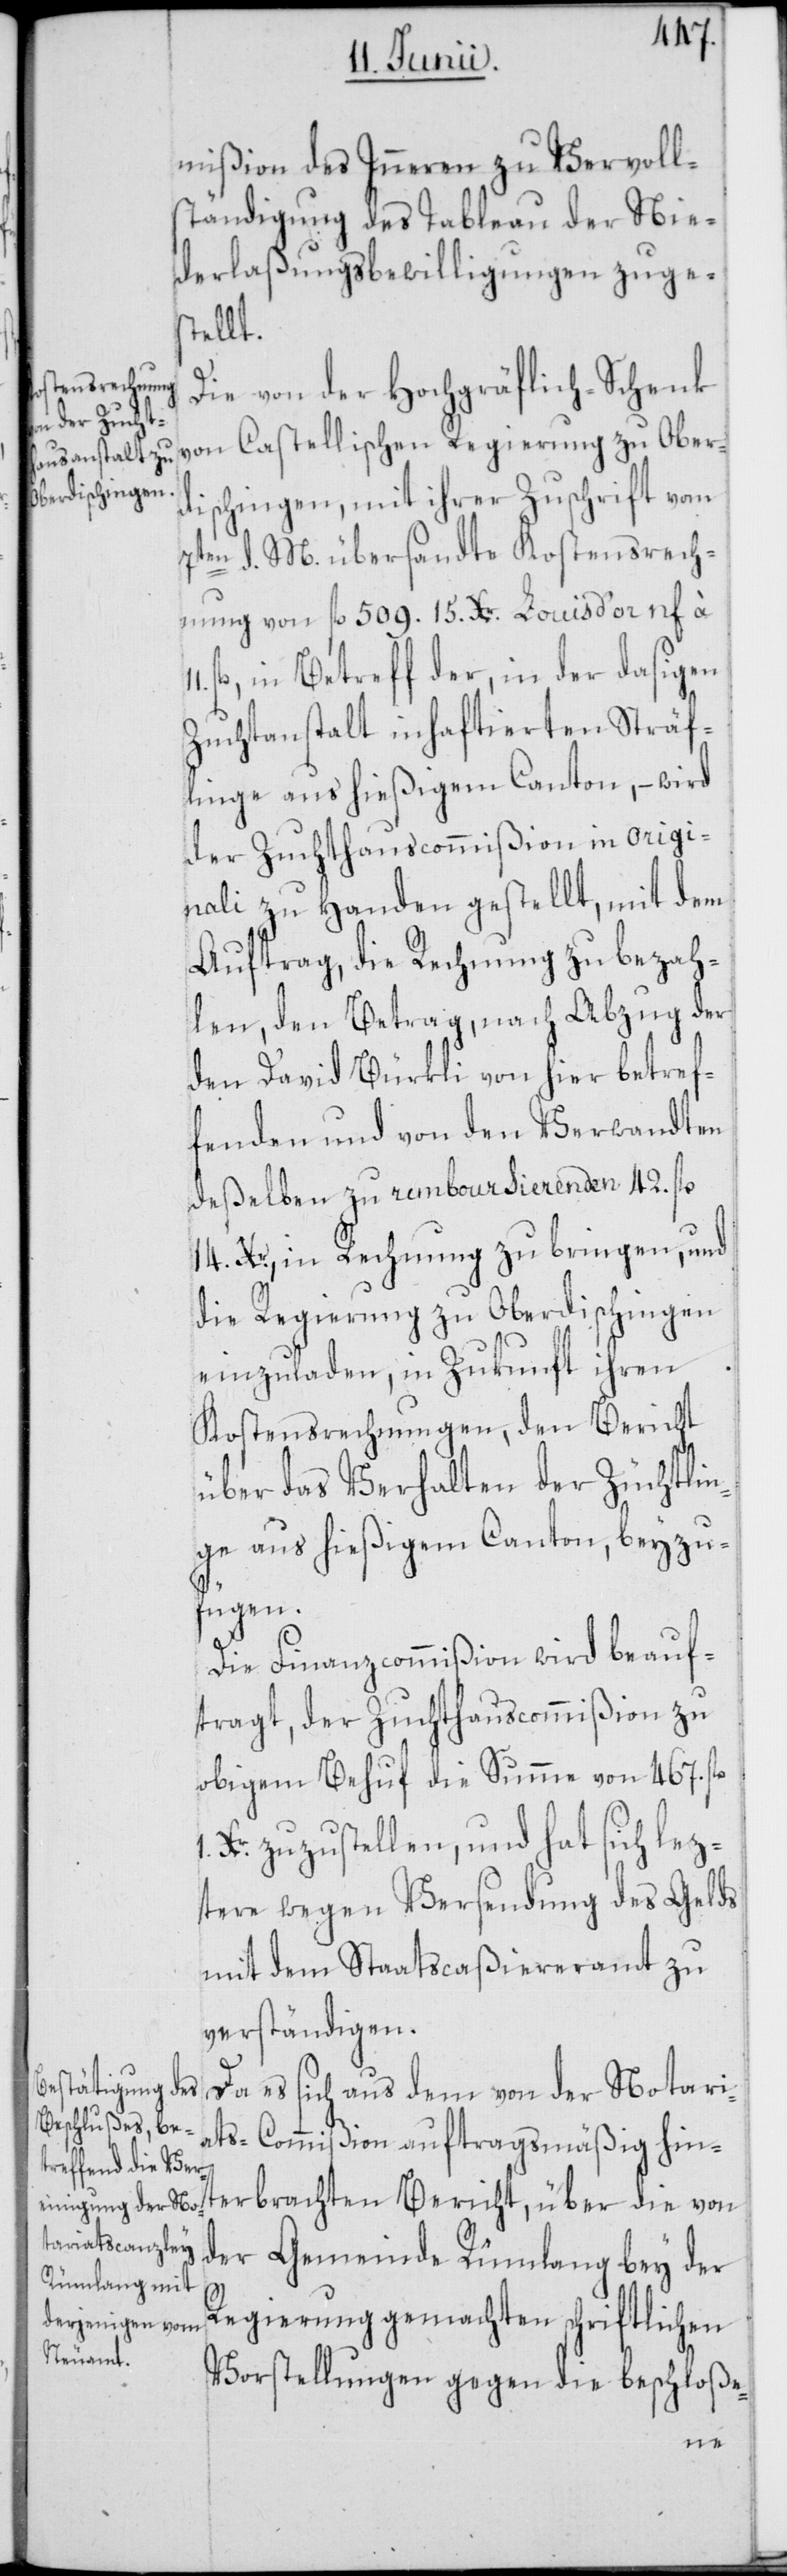
mißion des Inneren zu Vervoll¬
ständigung des Tableau der Nie¬
derlaßungsbewilligungen zuge¬
Bericht,
Die von der Hochgräflich-Schenk
von Castellischen Regierung zu Ober¬
dischingen, mit ihrer Zuschrift vom
7ten d. M. übersandte Kostensrech¬
nung von fl. 509 15. Xr. Louis d’or nf.
fl., in Betreff der, in der dasigen
Zuchtanstalt inhaftierten Sträf¬
linge aus hießigem Canton, – wird
der Zuchthauscommißion in origi¬
nali zu Handen gestellt, mit dem
Auftrag, die Rechnung zu bezah¬
len, den Betrag, nach Abzug der
den David Bürkli von hier betref¬
fenden und von den Verwandten
deßelben zu remboursierenden 42. fl.
14. Xr., in Rechnung zu bringen, und
die Regierung zu Oberdischingen
einzuladen, in Zukunft ihren
Kostensrechnungen, den Bericht
über das Verhalten der Züchtlin¬
ge aus hießigem Canton, beyzu¬
fügen.
Die Finanzcommißion wird beauf¬
tragt, der Zuchthauscommißion zu
obigem Behuf die Summe von 467. fl.
1 Xr. zuzustellen, und hat sich lez¬
tere wegen Versendung des Gelds
mit dem Staatscaßiereramt zu
verständigen.
Da es sich aus dem von der Notari¬
ats-Commißion auftragsmäßig hin¬
der Gemeinde Rümlang bey der
Regierung gemachten schriftlichen
Vorstellungen gegen die beschloße-